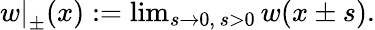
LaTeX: \begin{array}{r}{\left.w\right|_{\pm}(x):=\operatorname*{lim}_{s\rightarrow 0,\, s>0}w(x\pm s).}\end{array}